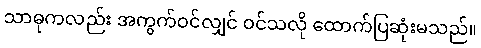
သာဓုကလည်း အကွက်ဝင်လျှင် ဝင်သလို ထောက်ပြဆုံးမသည်။